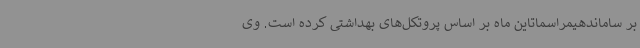
بر ساماندهیمراسماتاین ماه بر اساس پروتکل‌های بهداشتی کرده است. وی